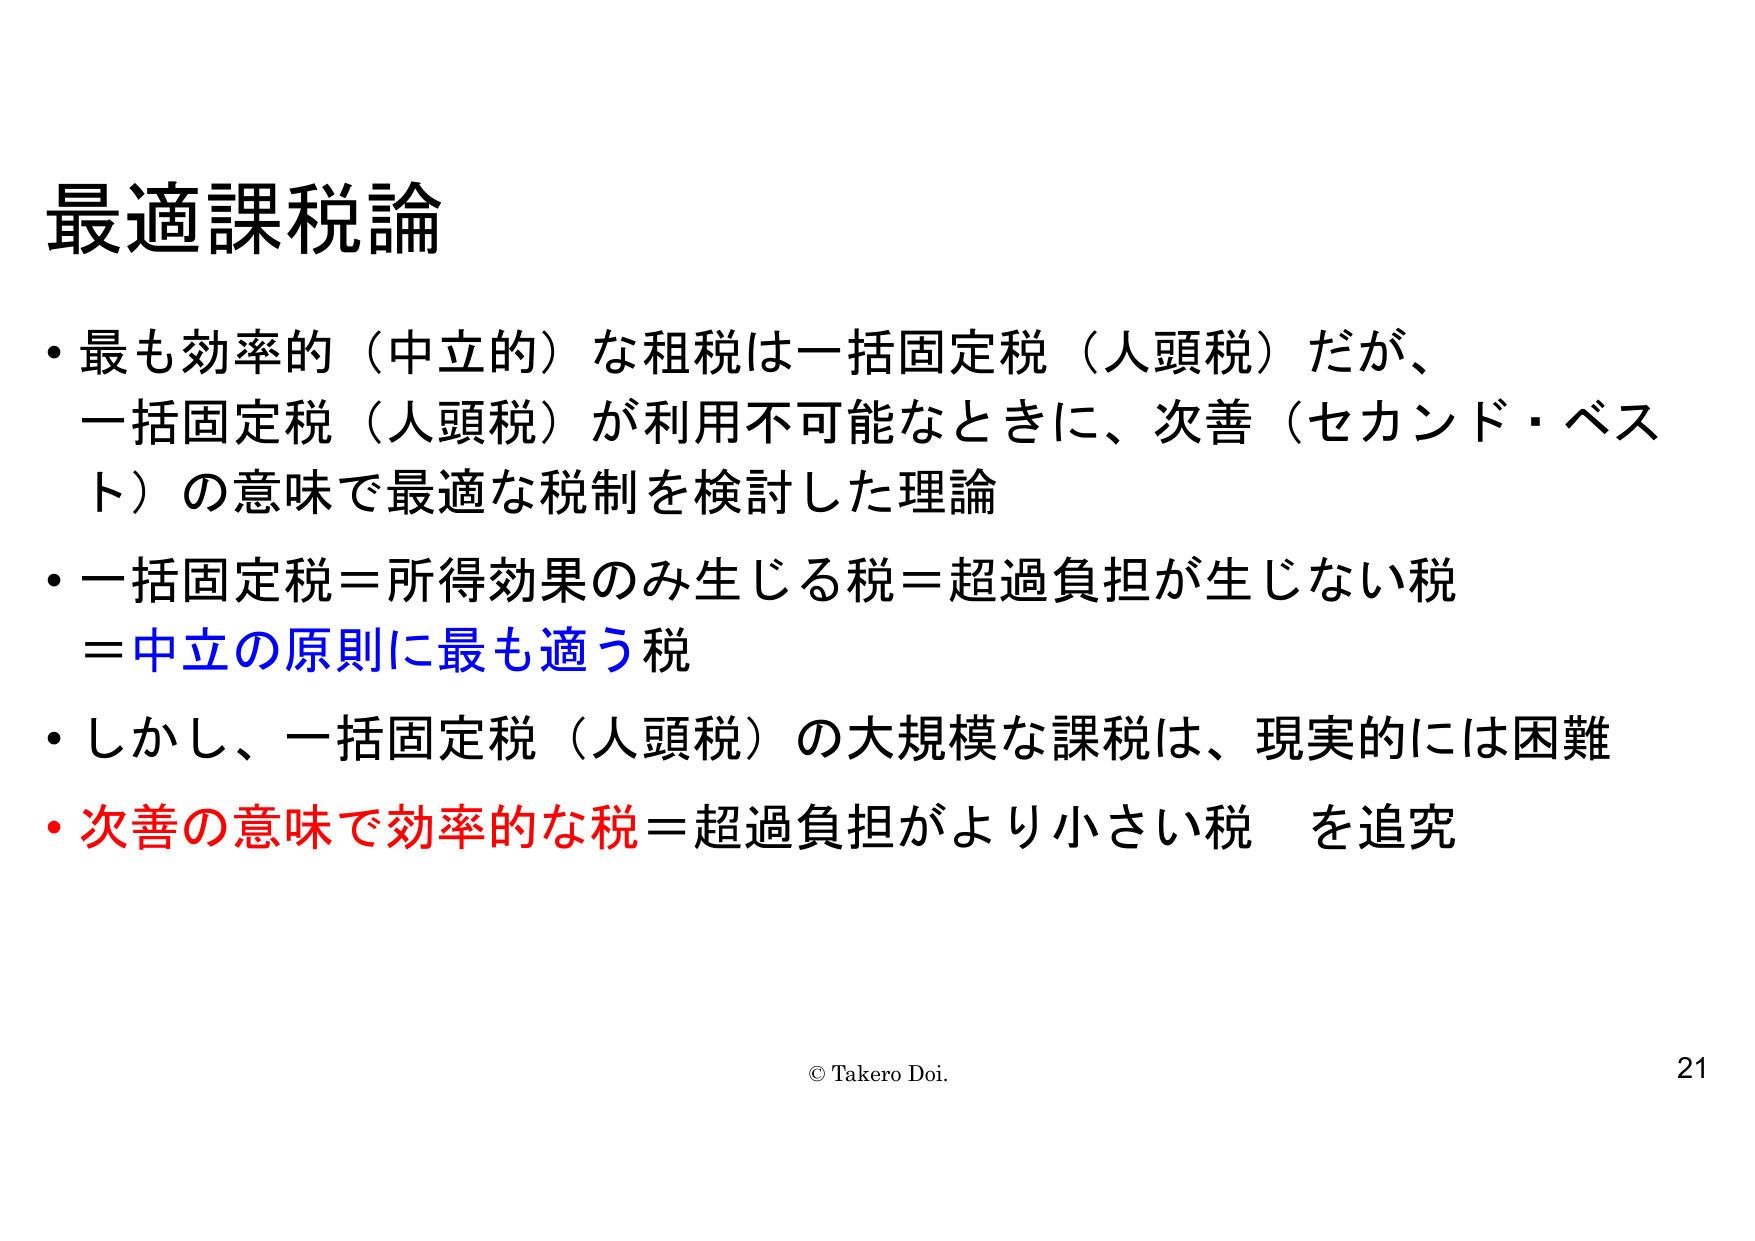
最適課税論

・最も効率的（中立的）な租税は一括固定税（人頭税）だが、
一括固定税（人頭税）が利用不可能なときに、次善（セカンド・ベスト）の意味で最適な税制を検討した理論

・一括固定税＝所得効果のみ生じる税＝超過負担が生じない税
＝中立の原則に最も適う税

・しかし、一括固定税（人頭税）の大規模な課税は、現実的には困難

・次善の意味で効率的な税＝超過負担がより小さい税 を追究

© Takero Doi.
21